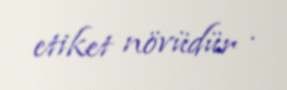
etiket növüdür .